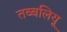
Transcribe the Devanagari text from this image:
तब्बलियू